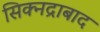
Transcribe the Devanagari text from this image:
सिक्नद्राबाद